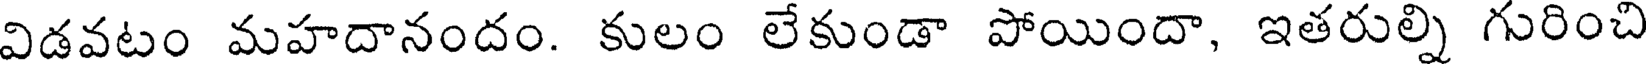
విడవటం మహదానందం. కులం లేకుండా పోయిందా, ఇతరుల్ని గురించి